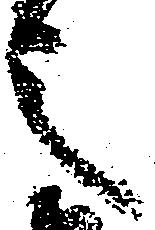
之